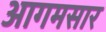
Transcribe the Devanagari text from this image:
आगमसार